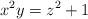
LaTeX: \begin{align*}x^2y=z^2+1\end{align*}